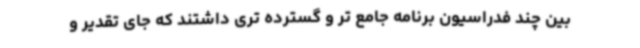
بین چند فدراسیون برنامه جامع تر و گسترده تری داشتند که جای تقدیر و